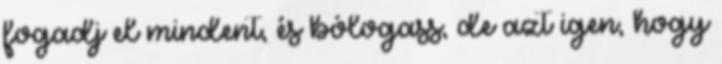
fogadj el mindent, és bólogass, de azt igen, hogy